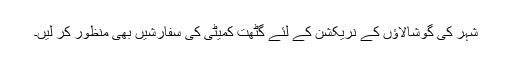
شہر کی گوشالاؤں کے نریکشن کے لئے گٹھت کمیٹی کی سفارشیں بھی منظور کر لیں۔